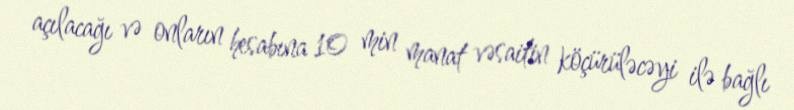
açılacağı və onların hesabına 10 min manat vəsaitin köçürüləcəyi ilə bağlı